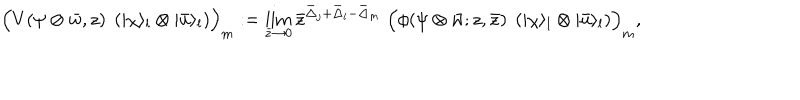
LaTeX: \Bigl ( V ( \psi \otimes \bar { w } , z ) \; \left( | \chi \rangle _ { l } \otimes | \bar { u } \rangle _ { l } \right) \Bigr ) _ { m } : = \lim _ { \bar { z } \rightarrow 0 } \bar { z } ^ { \bar { \Delta } _ { j } + \bar { \Delta } _ { l } - \bar { \Delta } _ { m } } \; \Bigl ( \phi ( \psi \otimes \bar { w } ; z , \bar { z } ) \; \left( | \chi \rangle _ { l } \otimes | \bar { u } \rangle _ { l } \right) \Bigr ) _ { m } ,